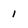
Character: 1